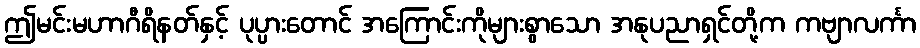
ဤမင်းမဟာဂီရိနတ်နှင့် ပုပ္ပားတောင် အကြောင်းကိုများစွာသော အနုပညာရှင်တို့က ကဗျာလင်္ကာ